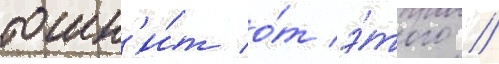
тошн'и́т о́т э́того //